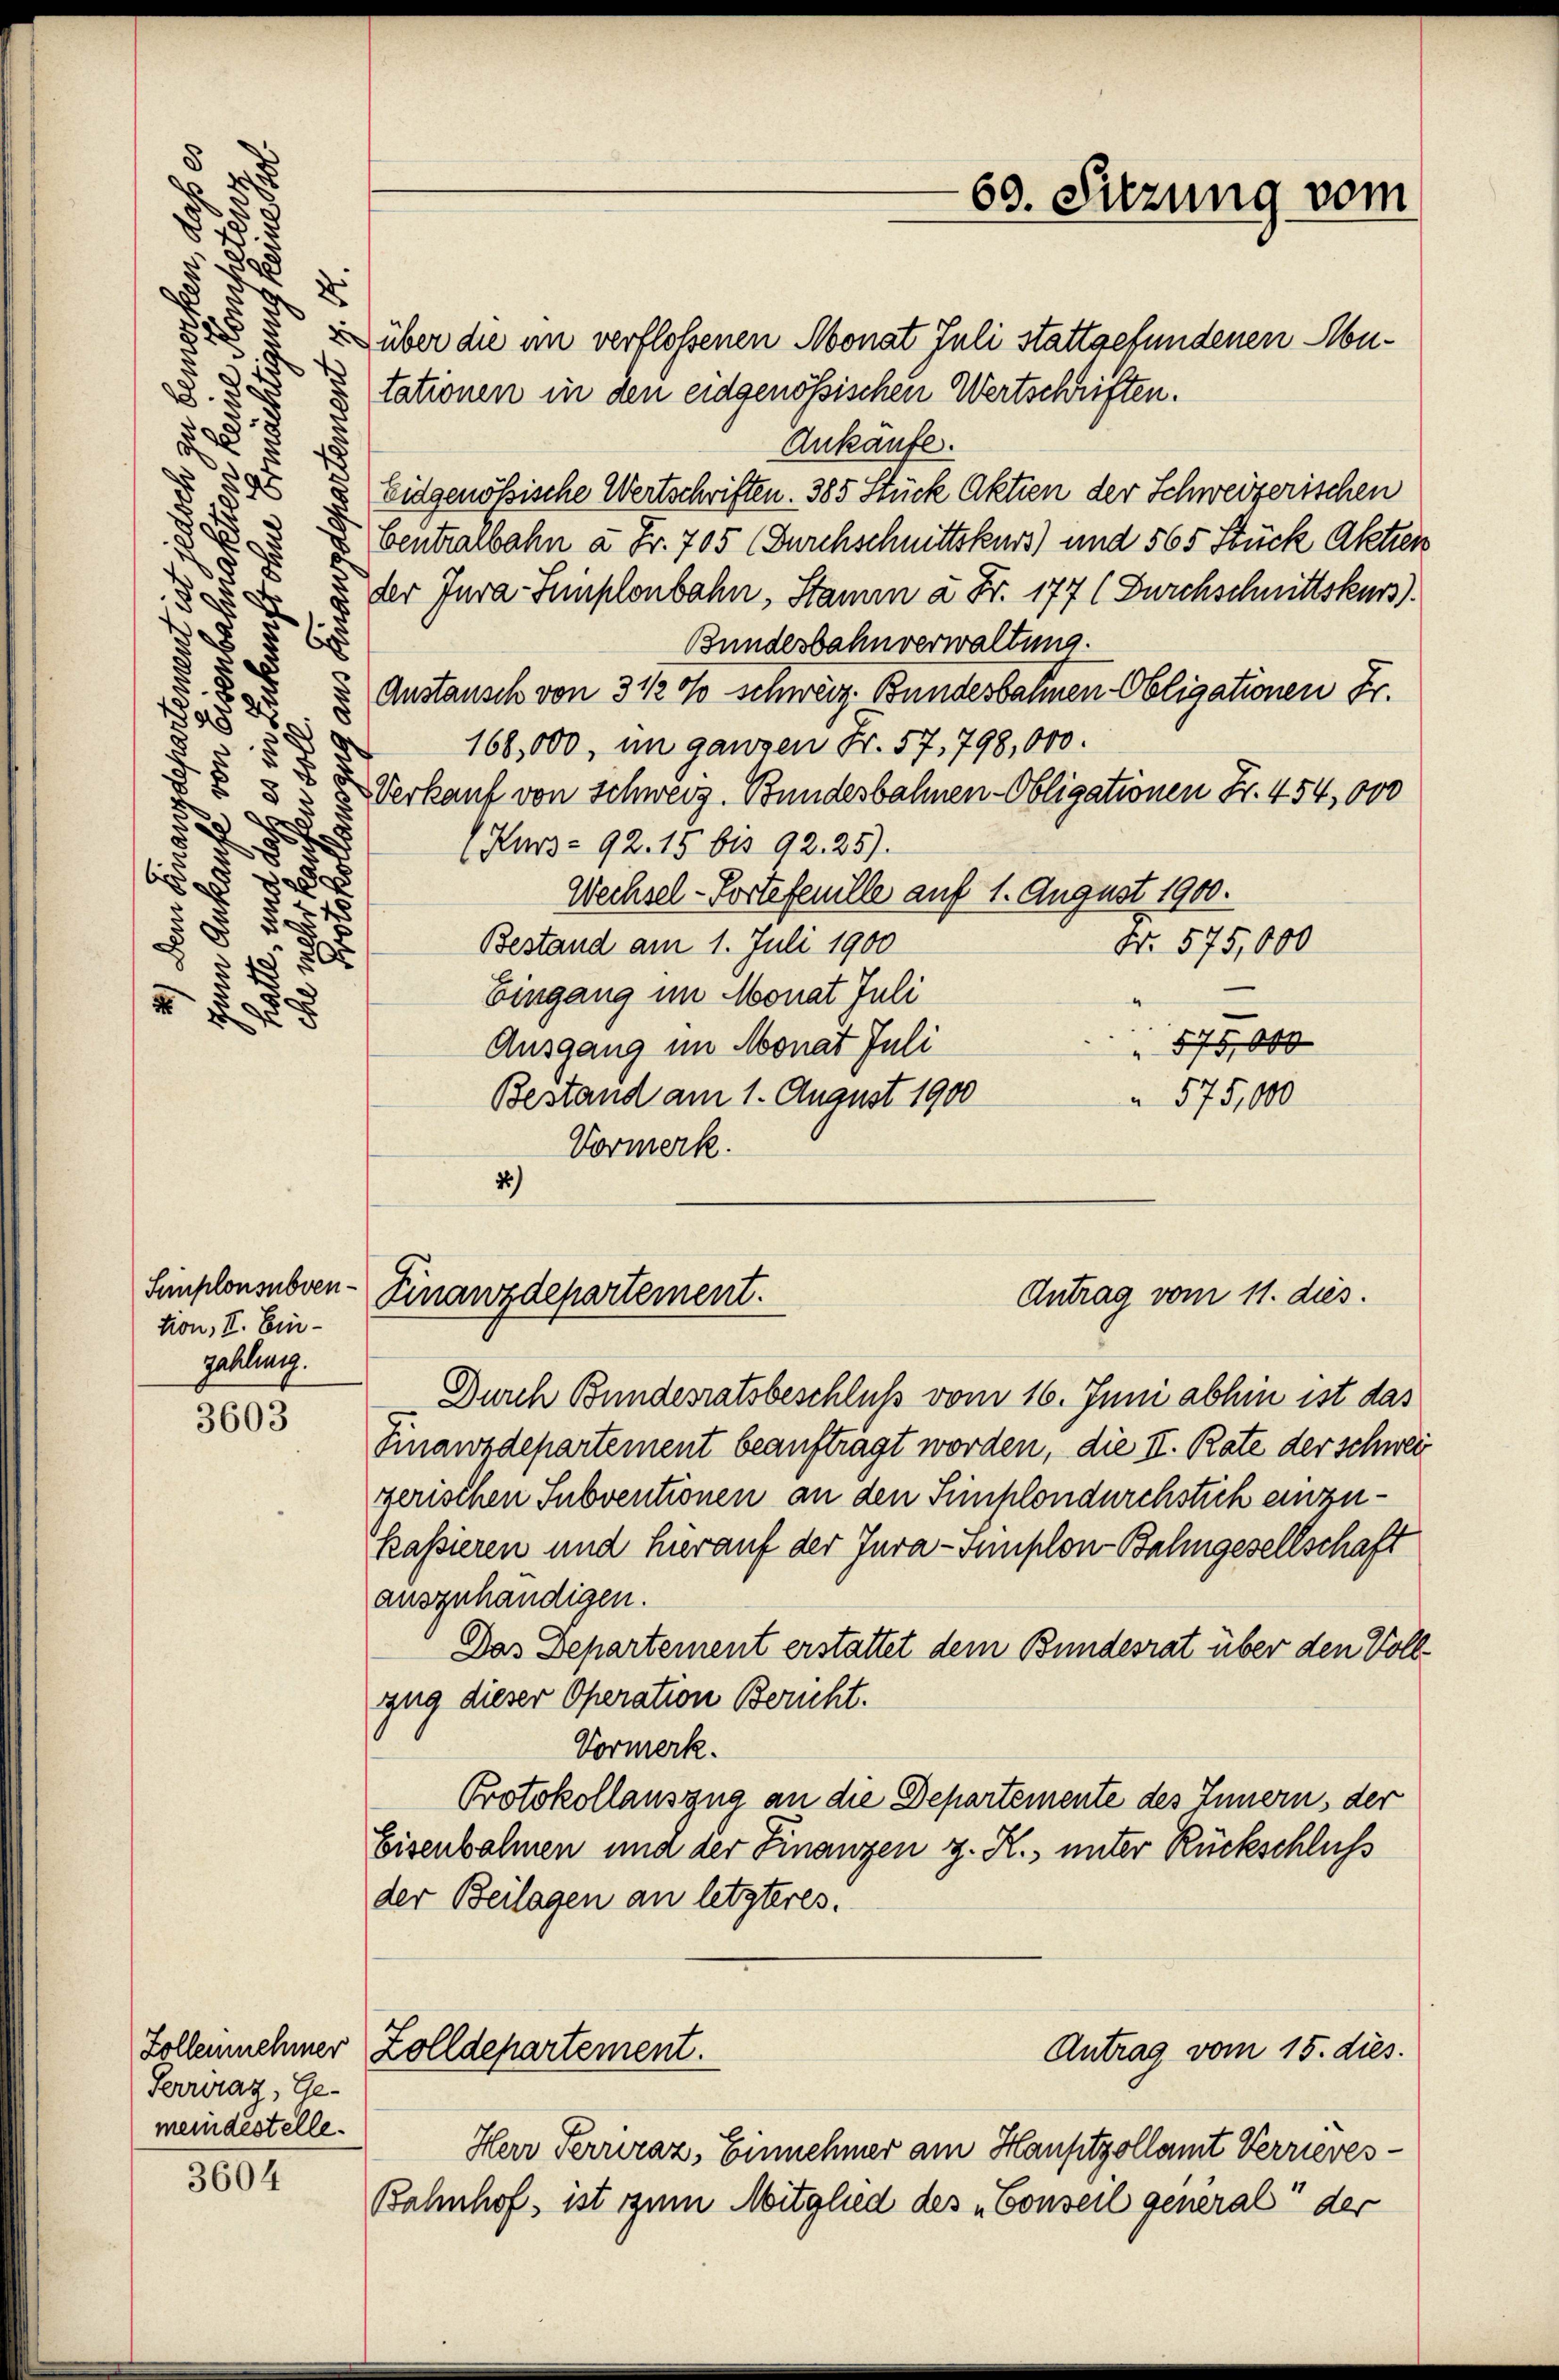
u

über die im verflossenen Monat Juli stattgefundenen Autationen in den eidgenössischen Wertschriften.
Ankäufe.
d
Eidgenössische Wertschriften. 385 Stück Aktien der Schweizerischen
i
bentralbahn à Fr. 705 (Durchschnittskurs) und 565 Stück Aktien
.
der Jura-Simplonbahn, Stamm à Fr. 177 (Durchschnittskurs
r
e
d
u
Bundesbahnverwaltung.
8
Austausch von 3 ½ 0/0 schweiz. Bundesbahnen Obligationen Fr.
1828
168,000, im ganzen Fr. 57, 798,000.
.
8
s
Verkauf von Schweiz. Bundesbahnen-Obligationen Fr. 454,000
.
Kurs- 92. 15 bis 92. 25).
¬
b
Wechsel-Portefenille auf 1. August 1900.
.
No. 575,000
Bestand am 1. Juli 1900
Eingang im Monat Juli
2
 575,000
Ausgang im Monat Juli
Bestand am 1. August 1900
 575,000
Vormerk.
26)

Simplonsubvention, II. Einzahlung.

3603

Serwraz, Gemeindestelle.

3604

Antrag vom 11. dies.
Finanzdepartement.

Durch Bundesratsbeschluß vom 16. Juni abhin ist das
Finanzdepartement beauftragt worden, die II. Rate der schwei
gerischen Subventionen an den Simplondurchstich einzukassieren und hierauf der Jura-Innplon-Balingesellschaft
ausgehändigen.
Das Departement erstattet dem Bundesrat über den Vollzug dieser Operation Bericht.
Vormerk.
Protokollauszug an die Departemente des Innern, der
Eisenbahnen und der Finanzen z. R., unter Rückschluss
der Beilagen an letzteres.
Zollennehmer Zolldepartement.
Antrag vom 15. dies.
Herr Terriraz, Einnehmer am Hauptzollamt Verrieres¬
Bahnhof, ist zum Mitglied des „Conseil general der

69. Sitzung vom